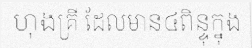
ហុងគ្រី ដែលមាន៤ពិន្ទុក្នុង